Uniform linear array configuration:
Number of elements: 8
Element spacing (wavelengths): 1
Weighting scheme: cosine
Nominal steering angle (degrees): -45
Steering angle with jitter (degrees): -44.045
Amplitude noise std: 0.05
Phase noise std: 0.05

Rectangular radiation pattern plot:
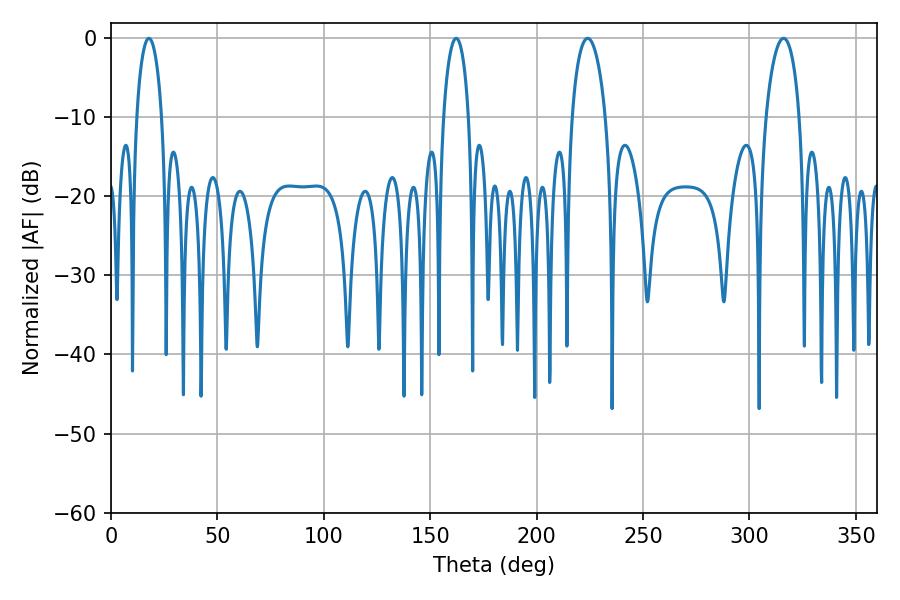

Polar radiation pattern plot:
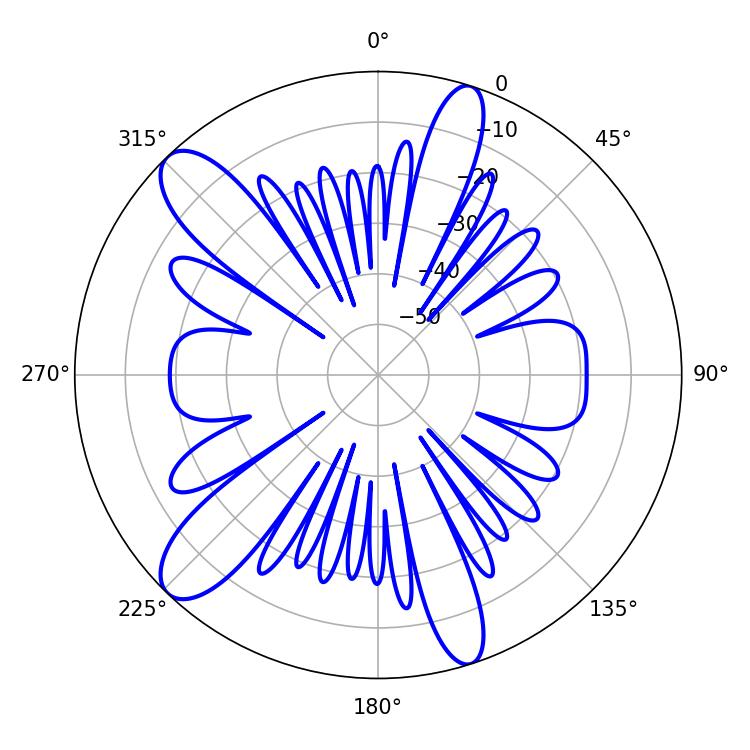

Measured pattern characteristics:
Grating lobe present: TRUE
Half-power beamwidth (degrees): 6.84
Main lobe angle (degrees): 17.82